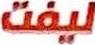
لیفت